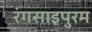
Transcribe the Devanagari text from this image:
रंगसाइपुरम